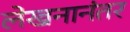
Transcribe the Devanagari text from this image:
लेखनानंतर